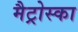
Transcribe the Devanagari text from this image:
मैट्रोस्का